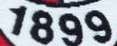
1899